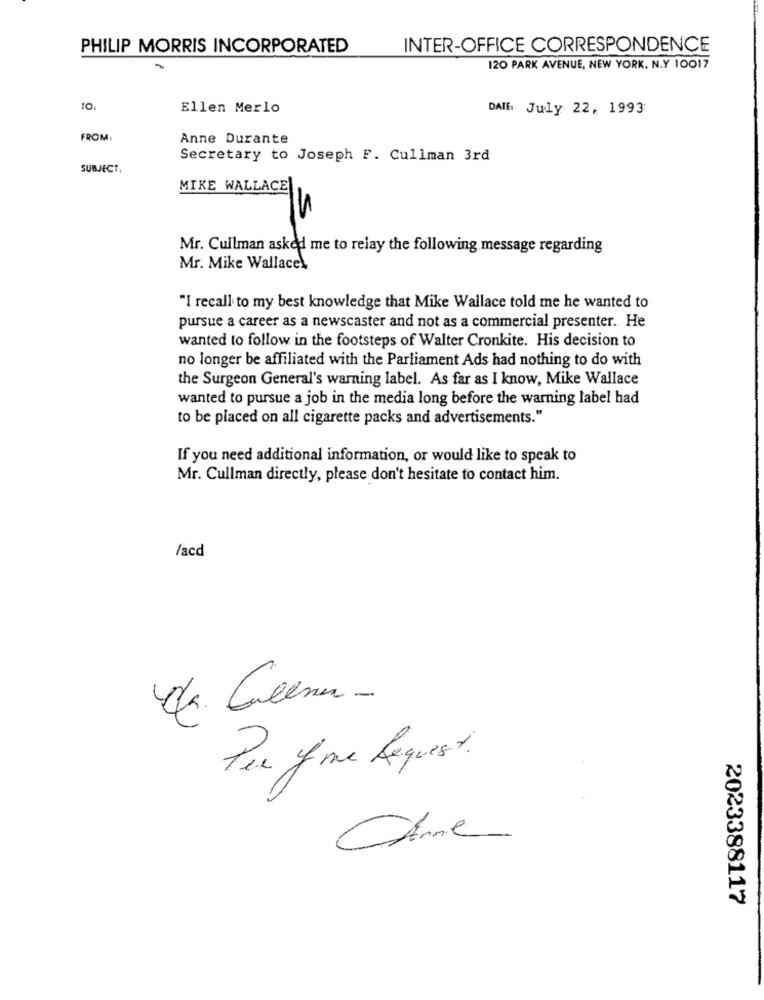
PHILIP MORRIS INCORPORATED
INTER-OFFICE CORRESPONDENCE
120 PARK AVENUE, NEW YORK. N.Y 10017
to
Ellen Merlo
DATE: July 22, 1993
FROM:
Anne Durante
Secretary to Joseph F. Cullman 3rd
SUBJECT.
MIKE WALLACE
S
Mr. Cullman asked me to relay the following message regarding
Mr. Mike Wallace\
"I recall to my best knowledge that Mike Wallace told me he wanted to
pursue a career as a newscaster and not as a commercial presenter. He
wanted to follow in the footsteps of Walter Cronkite. His decision to
no longer be affiliated with the Parliament Ads had nothing to do with
the Surgeon General's warning label. As far as I know, Mike Wallace
wanted to pursue a job in the media long before the warning label had
to be placed on all cigarette packs and advertisements."
If you need additional information, or would like to speak to
Mr. Cullman directly, please don't hesitate to contact him.
/acd
Per of me Request.
2023388117